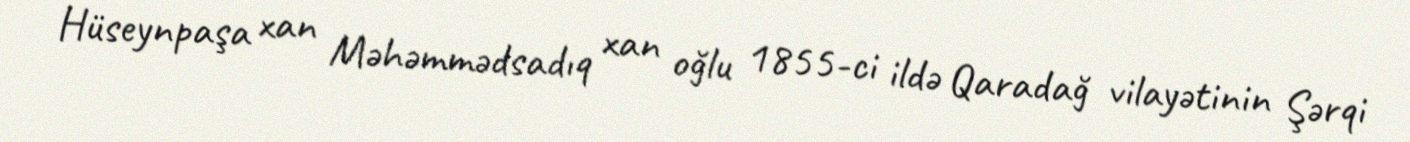
Hüseynpaşa xan Məhəmmədsadıq xan oğlu 1855-ci ildə Qaradağ vilayətinin Şərqi